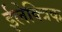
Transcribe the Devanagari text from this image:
ईलेक्त्रिक